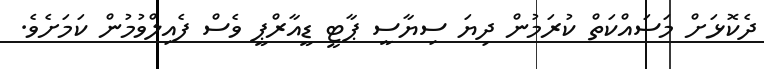
ދެކޮޅަށް މަސައްކަތް ކުރަމުން ދިޔަ ސިޔާސީ ޕާޓީ ޑީއާރްޕީ ވެސް ފެއިލްވުމުން ކަމަށެވެ.